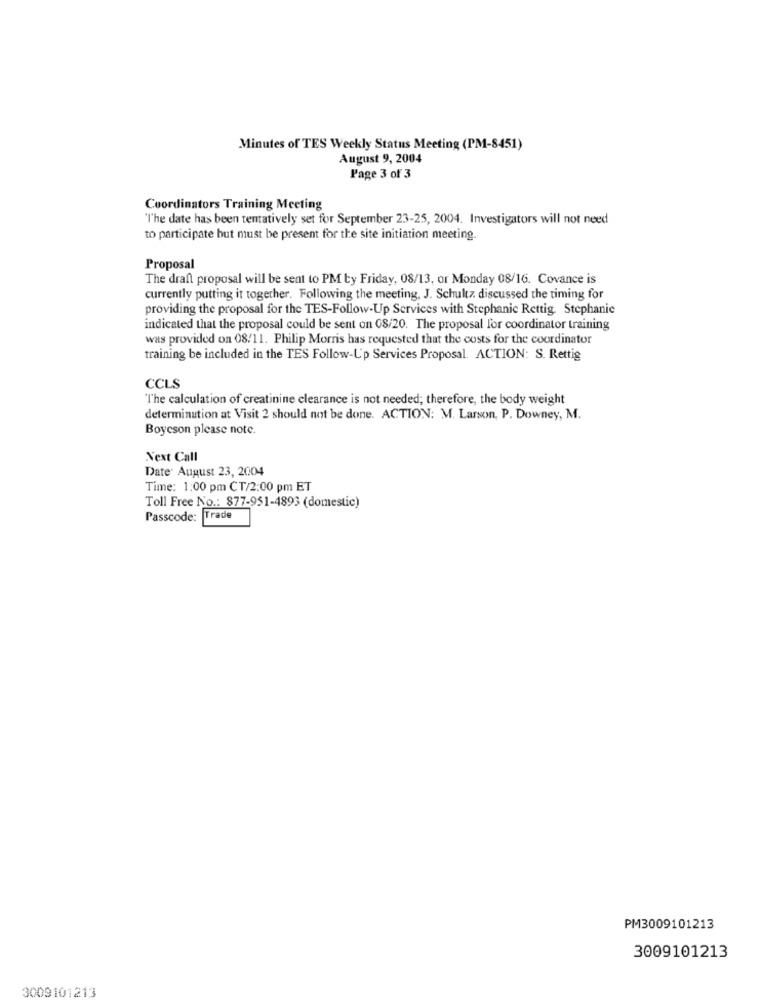
Minutes of TES Weekly Status Meeting (PM-8451)
August 9, 2004
Page 3 of 3
Coordinators Training Meeting
"The date has been tentatively set for September 23-25, 2004. Investigators will not need
to participate but must be present for the site initiation meeting.
Proposal
The draft proposal will be sent to PM ty Friday, 08/13, or Monday 08/16. Covance is
currently putting it together. Following the meeting, J. Schultz discussed the timing for
providing the proposal for the TES-Follow-Up Services with Stephanie Rettig. Stephanie
indicated that the proposal could be sent on 08/20. The proposal for coordinator training
was provided on 08/11. Philip Morris has requested that the costs for the coordinator
training be included in the TES Follow-L'p Services Proposal. ACTION: S. Rettig
CCLS
The calculation of creatinine clearance is not needed; therefore, the body weight
determination at Visit 2 should not be done. ACTION: M. Larson, P. Downey, M.
Boycson please note.
Next Call
Date: August 23, 2004
Time: 1:00 pm CT/2:00 pm ET
Toll Free No .: 877-951-4893 (domestic)
Passcode:
Trade
PM3009101213
3009101213
3009101213